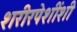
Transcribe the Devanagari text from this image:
शरीरपेशींशी